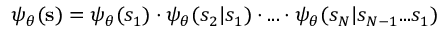
\psi _ { \boldsymbol \theta } ( \mathbf { s } ) = \psi _ { \boldsymbol \theta } ( s _ { 1 } ) \cdot \psi _ { \boldsymbol \theta } ( s _ { 2 } | s _ { 1 } ) \cdot . . . \cdot \psi _ { \boldsymbol \theta } ( s _ { N } | s _ { N - 1 } . . . s _ { 1 } )